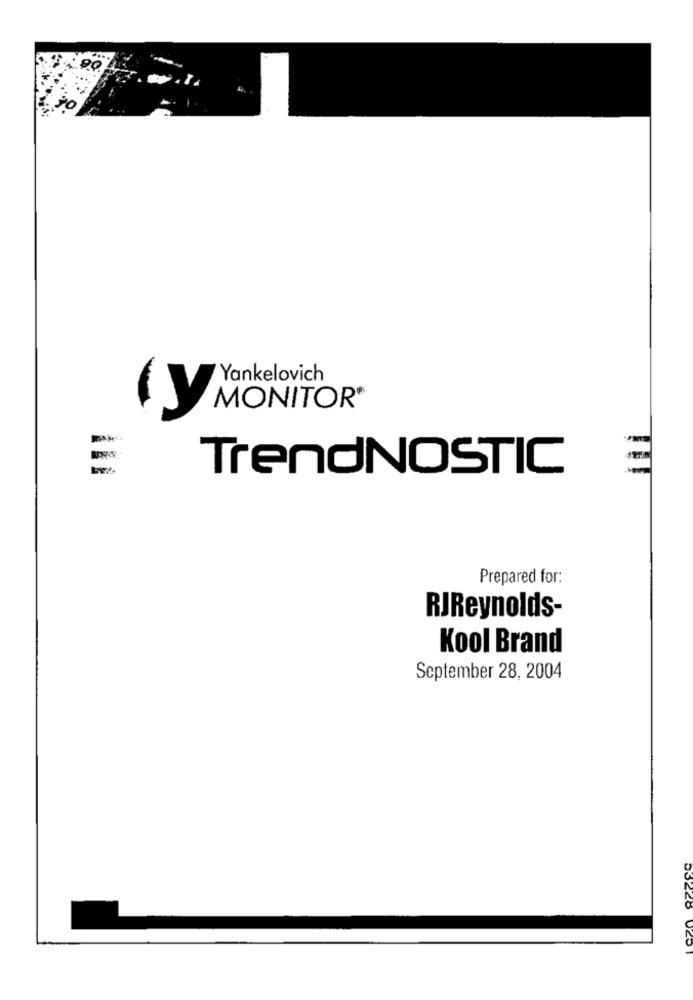
Yankelovich
(Y MONITOR"
-
TrendNOSTIC
Prepared for:
RJReynolds-
Kool Brand
September 28, 2004